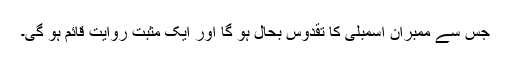
جس سے ممبران اسمبلی کا تقدوس بحال ہو گا اور ایک مثبت روایت قائم ہو گی۔